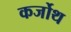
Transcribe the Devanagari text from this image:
कर्जोथ